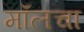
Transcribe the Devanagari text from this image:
मॉलचा